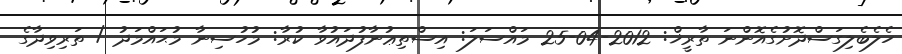
ހެލެބެލިގަސްދޮށުގެއޮންނަ ތާރީޚް: 2012-04-25 މައްސަލަ: އިސްތިޢުނާފުދައުވާ ކުރާ: މުހުސިނާ މުޙައްމަދު / ތަރިވިދާގެ